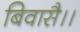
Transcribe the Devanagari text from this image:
बिवासै।।